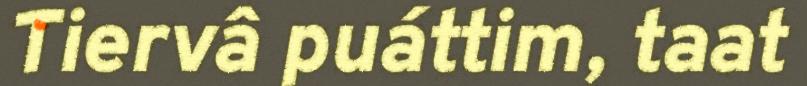
Tiervâ puáttim, taat